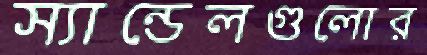
স্যান্ডেলগুলোর